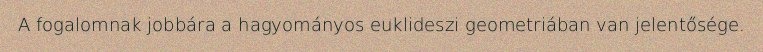
A fogalomnak jobbára a hagyományos euklideszi geometriában van jelentősége.